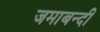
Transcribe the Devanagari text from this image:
जमाबन्दी